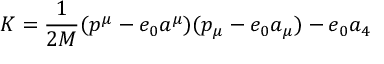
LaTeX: K = \frac { 1 } { 2 M } ( p ^ { \mu } - e _ { 0 } a ^ { \mu } ) ( p _ { \mu } - e _ { 0 } a _ { \mu } ) - e _ { 0 } a _ { 4 }